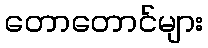
တောတောင်များ